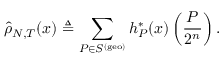
\hat { \rho } _ { N , T } ( x ) \triangleq \sum _ { P \in S ^ { ( \mathrm { g e o } ) } } h _ { P } ^ { * } ( x ) \left( \frac { P } { 2 ^ { n } } \right) .